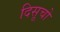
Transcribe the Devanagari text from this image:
दिसूचो